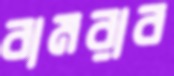
বামরাব